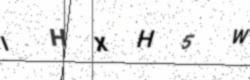
Text: IHXH5W